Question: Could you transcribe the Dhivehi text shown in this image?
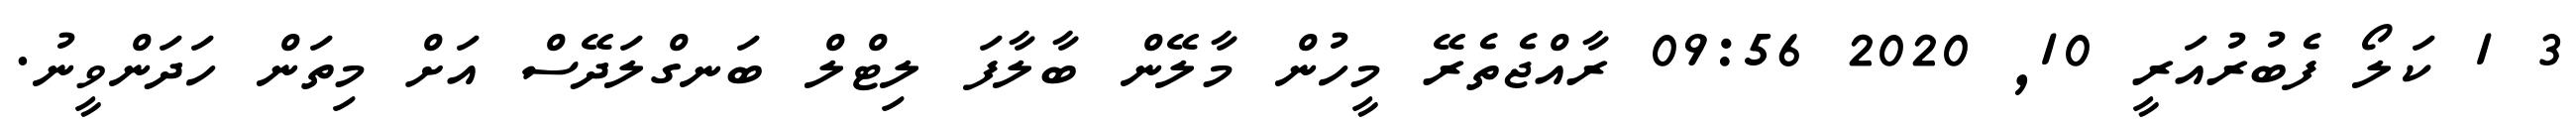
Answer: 3 1 ކަލޯ ފެބުރުއަރީ 10, 2020 09:56 ރާއްޖެތެރޭ މީހުން މާލޭން ބާލާފަ ލިޓްލް ބަނގްލަދޭސް އަށް މިތަން ހަދަންވީނު.